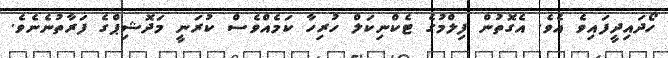
ހޯދައިދީފައިވެ އެވެ. އެގޮތުން ފިލްމުގެ ޓެކްނިކަލް ހުރިހާ ކަމެއްވެސް ކުރަނީ މަދޮޝިޕްގެ ފަރާތުނެނެވެ.